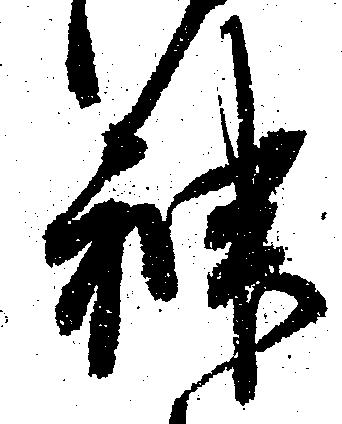
神